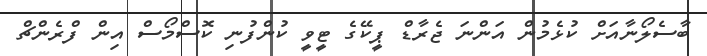
ބާސެލޯނާއަށް ކުޅެމުން އަންނަ ޖެރާޑް ޕީކޭގެ ޓީވީ ކުންފުނި ކޮސްމޯސް އިން ފްރެންޗް